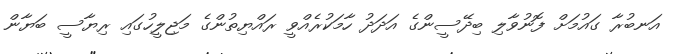
އަނބުރާ ގައުމަށް ފޮނުވާލި ބިދޭސީންގެ އަދަދު ހާމަކުރެއްވީ ރައްޔިތުންގެ މަޖިލީހުގައި ރިޔާސީ ބަޔާން